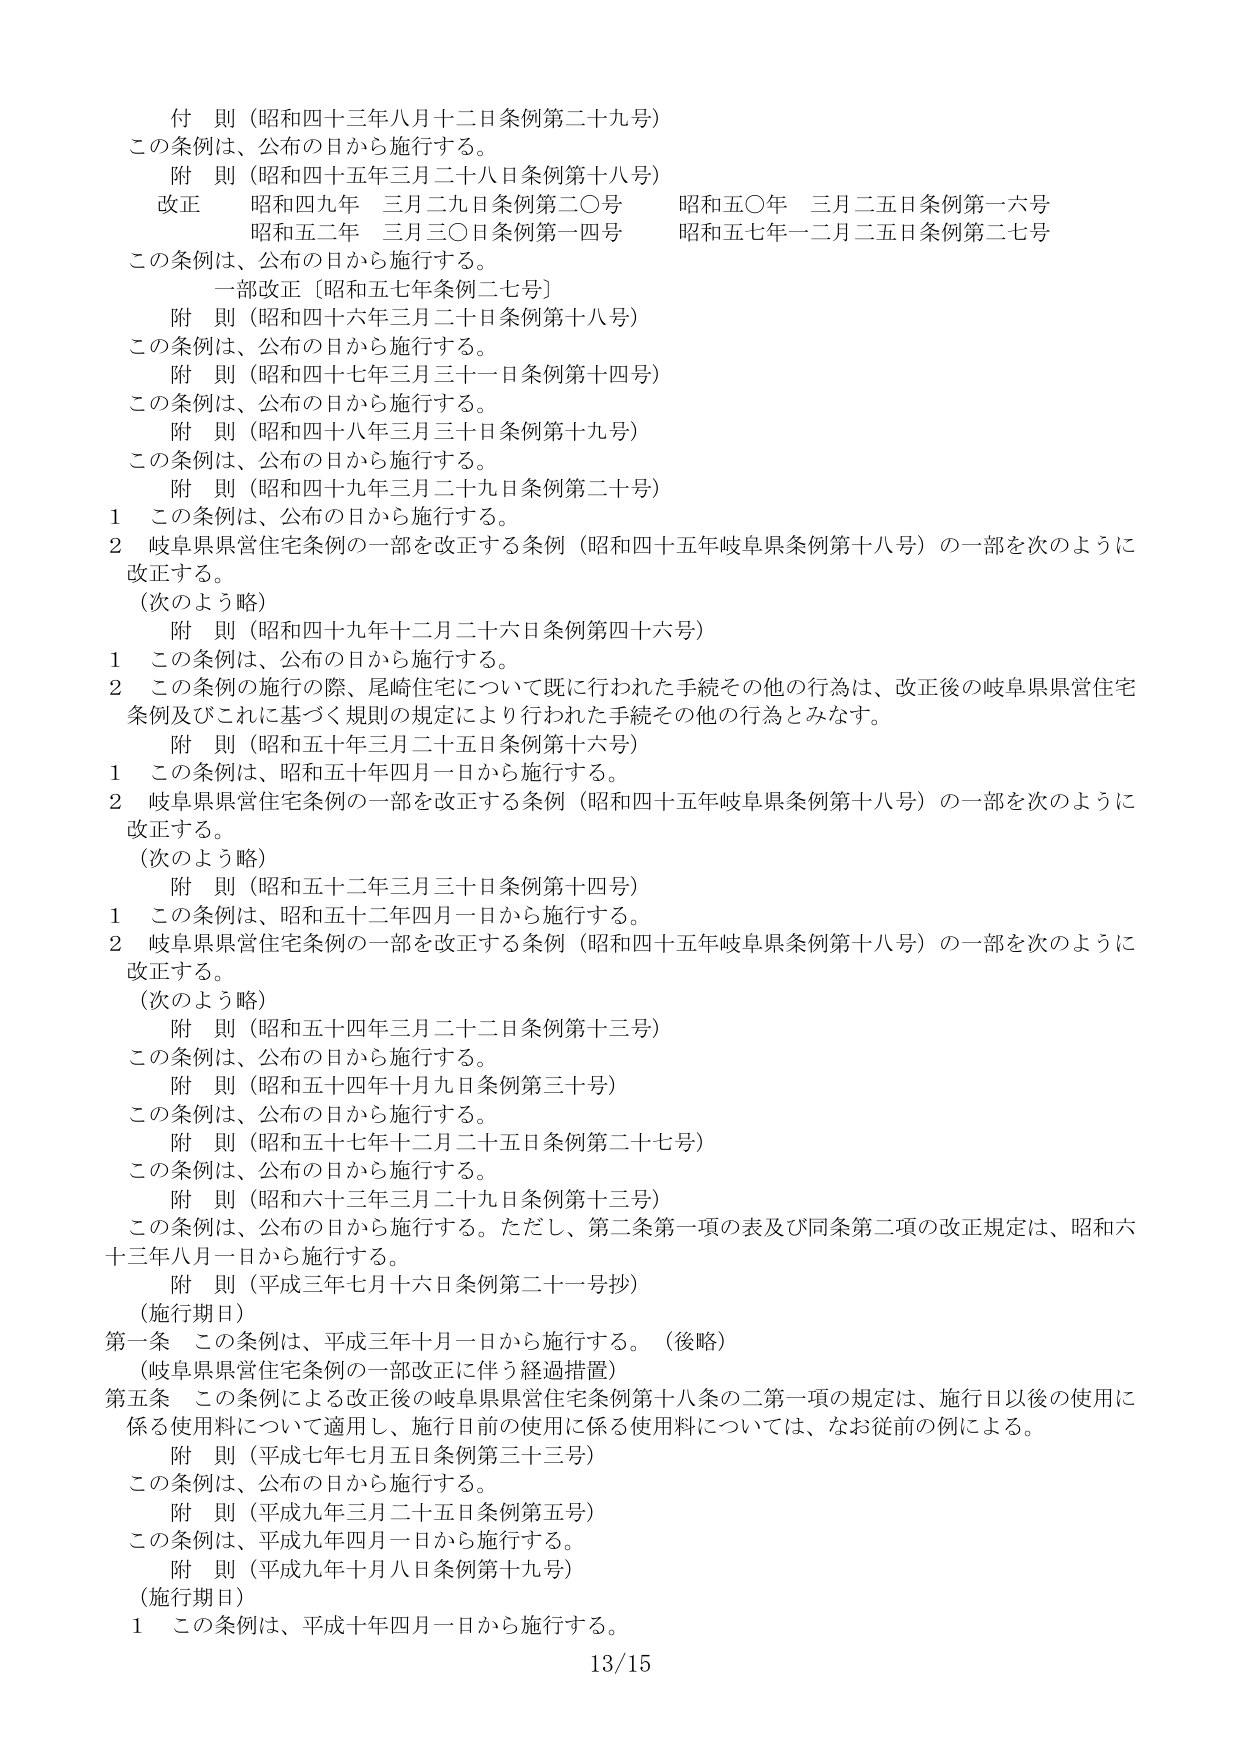
付 則（昭和四十三年八月十二日条例第二十九号）
この条例は、公布の日から施行する。
附 則（昭和四十五年三月二十八日条例第十八号）
改正 昭和四九年 三月二九日条例第二〇号 昭和五〇年 三月二五日条例第一六号
　　　昭和五二年 三月三〇日条例第一四号 昭和五七年一二月二五日条例第二七号
この条例は、公布の日から施行する。
　一部改正〔昭和五七年条例第二七号〕
附 則（昭和四十六年三月二十日条例第十八号）
この条例は、公布の日から施行する。
附 則（昭和四十七年三月三十一日条例第十四号）
この条例は、公布の日から施行する。
附 則（昭和四十八年三月三十日条例第十九号）
この条例は、公布の日から施行する。
附 則（昭和四十九年三月二十九日条例第二十号）
1 この条例は、公布の日から施行する。
2 岐阜県県営住宅条例の一部を改正する条例（昭和四十五年岐阜県条例第十八号）の一部を次のように改正する。
　（次のよう略）
　附 則（昭和四十九年十二月二十六日条例第四十六号）
1 この条例は、公布の日から施行する。
2 この条例の施行の際、尾崎住宅について既に行われた手続その他の行為は、改正後の岐阜県県営住宅条例及びこれに基づく規則の規定により行われた手続その他の行為とみなす。
附 則（昭和五十年三月二十五日条例第十六号）
1 この条例は、昭和五十年四月一日から施行する。
2 岐阜県県営住宅条例の一部を改正する条例（昭和四十五年岐阜県条例第十八号）の一部を次のように改正する。
　（次のよう略）
　附 則（昭和五十二年三月三十日条例第十四号）
1 この条例は、昭和五十二年四月一日から施行する。
2 岐阜県県営住宅条例の一部を改正する条例（昭和四十五年岐阜県条例第十八号）の一部を次のように改正する。
　（次のよう略）
　附 則（昭和五十四年三月二十二日条例第十三号）
この条例は、公布の日から施行する。
附 則（昭和五十四年十月九日条例第三十号）
この条例は、公布の日から施行する。
附 則（昭和五十七年十二月二十五日条例第二十七号）
この条例は、公布の日から施行する。
附 則（昭和六十三年三月二十九日条例第十三号）
この条例は、公布の日から施行する。ただし、第二条第一項の表及び同条第二項の改正規定は、昭和六十三年八月一日から施行する。
附 則（平成三年七月十六日条例第二十一号抄）
（施行期日）
第一条 この条例は、平成三年十月一日から施行する。（後略）
（岐阜県県営住宅条例の一部改正に伴う経過措置）
第五条 この条例による改正後の岐阜県県営住宅条例第十八条の二第一項の規定は、施行日以後の使用に係る使用料について適用し、施行日前の使用に係る使用料については、なお従前の例による。
附 則（平成七年七月五日条例第三十三号）
この条例は、公布の日から施行する。
附 則（平成九年三月二十五日条例第五号）
この条例は、平成九年四月一日から施行する。
附 則（平成九年十月八日条例第十九号）
（施行期日）
1 この条例は、平成十年四月一日から施行する。
13/15